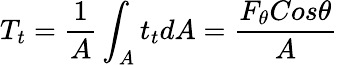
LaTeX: T_{t}=\frac{1}{A}\int_{A}^{}t_{t}dA=\frac{F_{\theta}Cos\theta}{A}